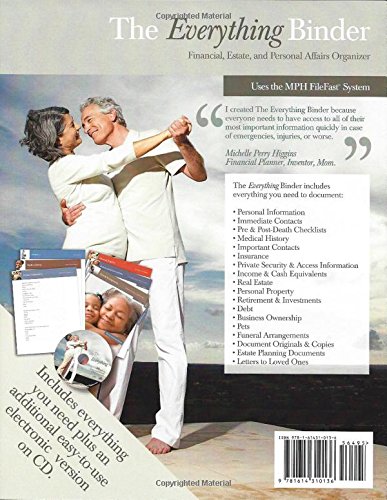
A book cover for The Everything Binder - Financial, Estate and Personal Affairs Organizer; Michelle Perry Higgins; Law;